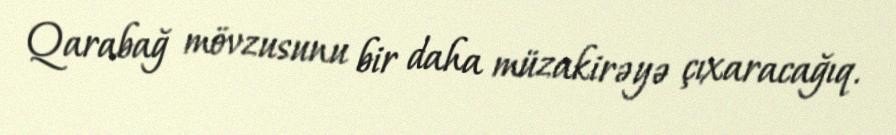
Qarabağ mövzusunu bir daha müzakirəyə çıxaracağıq.